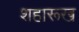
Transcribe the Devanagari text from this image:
शहारूख